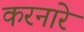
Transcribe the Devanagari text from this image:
करनारे